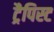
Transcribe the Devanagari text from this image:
ट्रैपिस्ट